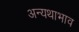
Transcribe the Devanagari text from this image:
अन्यथाभाव